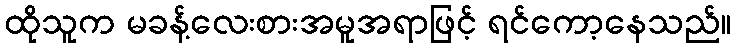
ထိုသူက မခန့်လေးစားအမူအရာဖြင့် ရင်ကော့နေသည်။